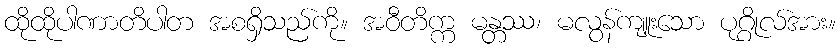
ထိုထိုပါဏာတိပါတ အစရှိသည်ကို။ အဝီတိက္က မန္တဿ၊ မလွန်ကျူးသော ပုဂ္ဂိုလ်အား။